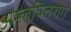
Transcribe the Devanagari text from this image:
अम्लपितरोग